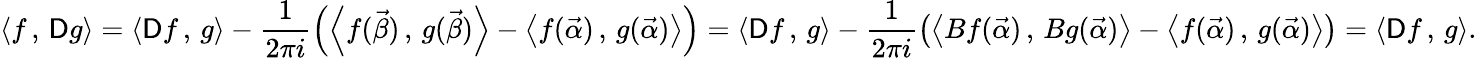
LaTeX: \left\langle f\, ,\, \mathsf{D}g\right\rangle=\left\langle\mathsf{D}f\, ,\, g\right\rangle-\frac 1{2\pi i}\left(\left\langle f(\vec{\beta})\, ,\, g(\vec{\beta})\right\rangle-\left\langle f(\vec{\alpha})\, ,\, g(\vec{\alpha})\right\rangle\right)=\left\langle\mathsf{D}f\, ,\, g\right\rangle-\frac{1}{2\pi i}\left(\left\langle Bf(\vec{\alpha})\, ,\, Bg(\vec{\alpha})\right\rangle-\left\langle f(\vec{\alpha})\, ,\, g(\vec{\alpha})\right\rangle\right)=\left\langle\mathsf{D}f\, ,\, g\right\rangle.